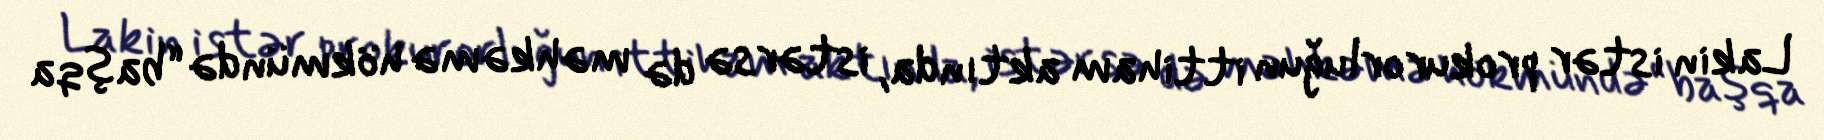
Lakin istər prokurorluğun ittiham aktında, istərsə də məhkəmə hökmündə “başqa